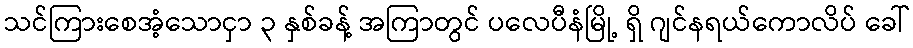
သင်ကြားစေအံ့သောငှာ ၃ နှစ်ခန့် အကြာတွင် ပလေပီနံမြို့ ရှိ ဂျင်နရယ်ကောလိပ် ခေါ်